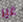
غير